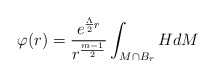
\begin{align*}\varphi(r)=\dfrac{e^{\frac{\Lambda}{2}r}}{r^{\frac{m-1}{2}}}\int_{M\cap B_r}HdM\end{align*}